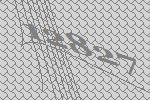
12827